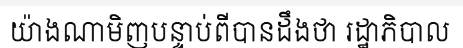
យ៉ាងណាមិញបន្ទាប់ពីបានដឹងថា រដ្ឋាភិបាល